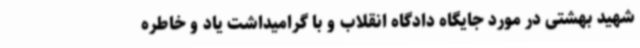
شهید بهشتی در مورد جایگاه دادگاه انقلاب و با گرامیداشت یاد و خاطره